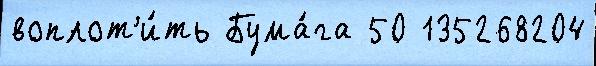
воплот'и́ть Бума́га 50 135268204